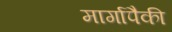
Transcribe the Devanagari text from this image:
मार्गापैकी